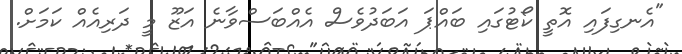
"އެނގިފައި އޮތީ ކޯޓުގައި ބައްޕަ އަބަދުވެސް އެއްބަސްވާނެ އަޒޫ މީ ދަރިއެއް ކަމަށް.